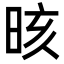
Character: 晐